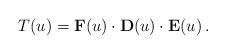
LaTeX: \begin{align*}T(u)=\mathbf{F}(u)\cdot \mathbf{D}(u)\cdot \mathbf{E}(u)\,.\end{align*}